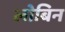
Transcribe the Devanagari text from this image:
लोबिन